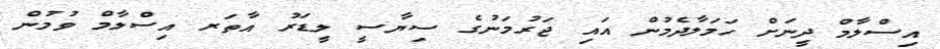
އިސްލާމް ދީނަށް ހަމަލާދެމުން އައި ޖަރުމަނުގެ ސިޔާސީ ލީޑަރު އާތަރ އިސްލާމް ވުމުން